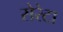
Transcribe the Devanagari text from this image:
सेरेटा